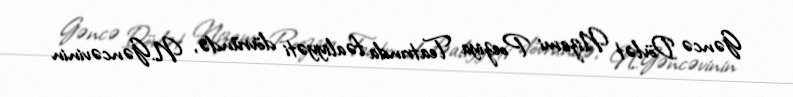
Gəncə Dövlət Nizami Poeziya Teatrında fəaliyyəti dövründə, N.Gəncəvinin